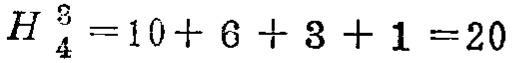
\(H _ { 4 } ^ { 3 } = 10 + 6 + 3 + 1 = 20\)